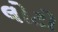
લોટો